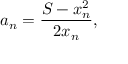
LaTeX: a _ { n } = { \frac { S - x _ { n } ^ { 2 } } { 2 x _ { n } } } ,